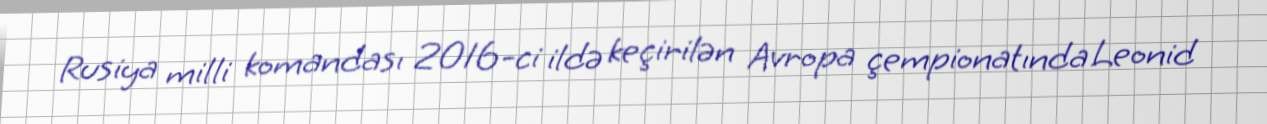
Rusiya milli komandası 2016-ci ildə keçirilən Avropa çempionatında Leonid